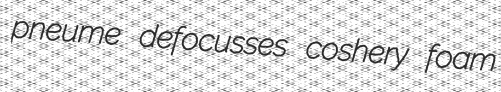
pneume defocusses coshery foam